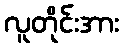
လူတိုင်းအား